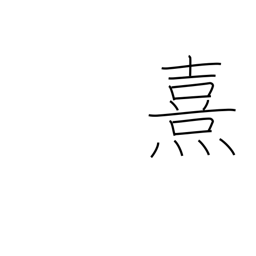
Meaning: faint light